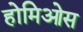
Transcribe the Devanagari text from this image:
होमिओस